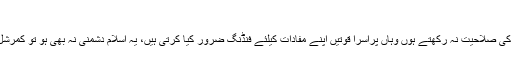
غلطی ہائے مضامیں مت پُوچھ
جہاں کے لوگ اپنے انتظامی خلاء کو انتظامی اصلاحات سے پُر کرنے کی صلاحیت نہ رکھتے ہوں وہاں پراسرا قوتیں اپنے مفادات کیلئے فنڈنگ ضرور کیا کرتی ہیں، یہ اسلام دشمنی نہ بھی ہو تو کمرشل ورلڈ کی ہمہ جہت چابکدستیوں میں سے ایک بزنس ٹیکٹس ضرور ہے۔